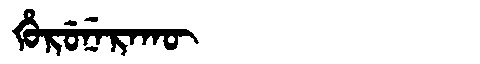
Manchu: ᡥᡠᡵᡠᠨᡝᡵᠠᡴᡡ
Romanization: HURUNERAKŪ